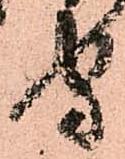
守